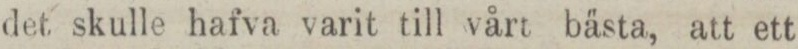
det skulle hafva varit till vårt bästa, att ett